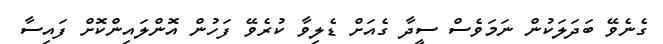
ގެނެވޭ ބަދަލަކުން ނަމަވެސް ސީދާ ގެއަށް ޑެލިވާ ކުރެވޭ ފަހުން އޮންލައިންކޮށް ފައިސާ